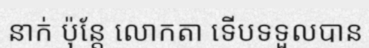
នាក់ ប៉ុន្តែ លោកតា ទើបទទួលបាន